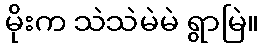
မိုးက သဲသဲမဲမဲ ရွာမြဲ။